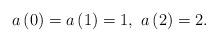
LaTeX: \begin{align*}a\left(0\right)=a\left(1\right)=1,\thinspace\thinspace a\left(2\right)=2.\end{align*}